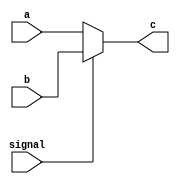
`timescale 1ns / 1ps
//////////////////////////////////////////////////////////////////////////////////
// Company: 
// Engineer: 
// 
// Design Name: 
// Module Name: Mux
// Project Name: 
// Target Devices: 
// Tool Versions: 
// Description: 
// 
// Dependencies: 
// 
// Revision:
// Revision 0.01 - File Created
// Additional Comments:
// 
//////////////////////////////////////////////////////////////////////////////////
module Mux1(
    input signal,
    input [31:0]a,b,
    output [31:0]c
    );
    assign c=signal?b:a;
endmodule


module Mux2(
    input [1:0]signal,
    input [31:0]a,b,c,
    output reg[31:0]d
    );
    always @* begin
        case (signal)
            2'b00: d=a;
            2'b01: d=32'd4;
            2'b10: d=b;
            default: d=c;
        endcase
    end
    
endmodule